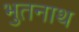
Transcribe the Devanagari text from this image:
भुतनाथ